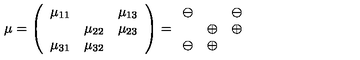
\mu = \left( \begin{array} { c c c } { \mu _ { 1 1 } } & { } & { \mu _ { 1 3 } } \\ { } & { \mu _ { 2 2 } } & { \mu _ { 2 3 } } \\ { \mu _ { 3 1 } } & { \mu _ { 3 2 } } & { } \\ \end{array} \right) = \begin{array} { c c c } { \ominus } & { } & { \ominus } \\ { } & { \oplus } & { \oplus } \\ { \ominus } & { \oplus } & { } \\ \end{array}